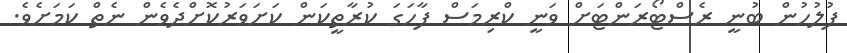
ފުލުހުން ބުނީ ރެސްޓޯރަންޓަށް ވަނީ ކްރިމަސް ފާހަގަ ކުރާތީކަން ކަށަވަރުކޮށްދެވެން ނެތް ކަމަށެވެ.